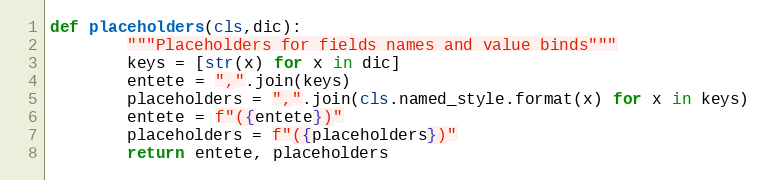
Language: Python
def placeholders(cls,dic):
        """Placeholders for fields names and value binds"""
        keys = [str(x) for x in dic]
        entete = ",".join(keys)
        placeholders = ",".join(cls.named_style.format(x) for x in keys)
        entete = f"({entete})"
        placeholders = f"({placeholders})"
        return entete, placeholders